Punjab Mental Hospital Lahore 1932-46 - 1932-1946
Year: 1932
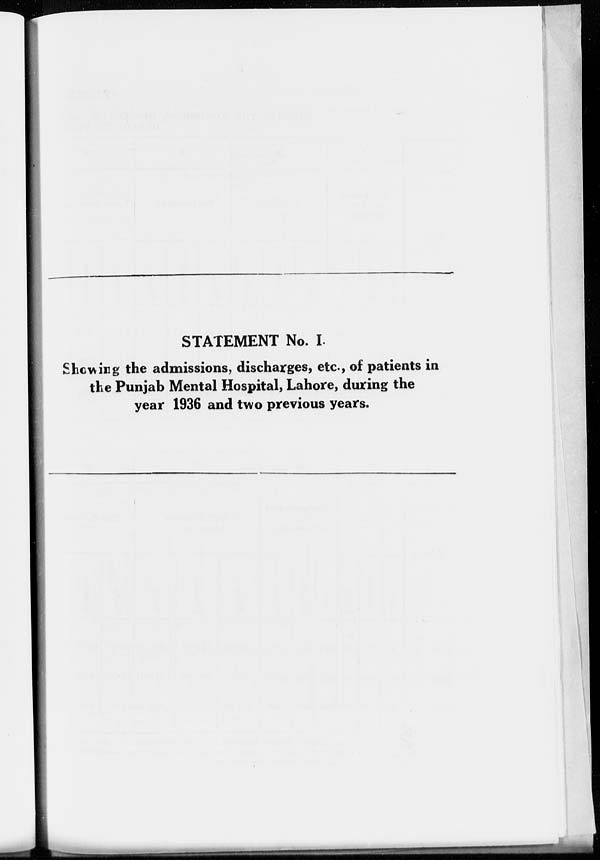
STATEMENT No. I.
Showing the admissions, discharges, etc., of patients in
the Punjab Mental Hospital, Lahore, during the
year 1936 and two previous years.